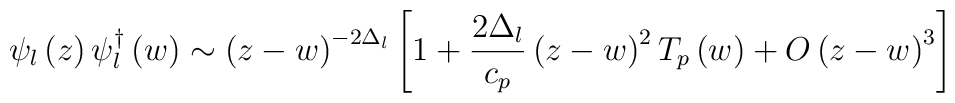
\psi _l\left( z\right) \psi _l^{\dagger }\left( w\right) \sim\left( z-w\right) ^{-2\Delta _l}\left[ 1+\frac{2\Delta _l}{c_p}\left(z-w\right) ^2T_p\left( w\right) +O\left( z-w\right) ^3\right]